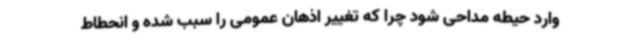
وارد حیطه مداحی شود چرا که تغییر اذهان عمومی را سبب شده و انحطاط